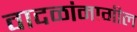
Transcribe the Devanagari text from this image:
वादळांमागील